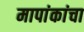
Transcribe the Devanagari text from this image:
मापांकांचा